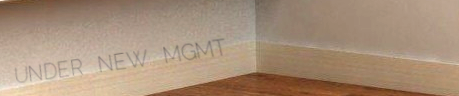
UNDER NEW MGMT